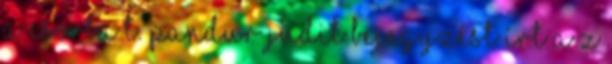
a Csorba T. Pandur Judit bejegyzést írt a z